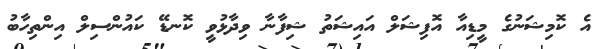
އެ ކޮމިޝަނުގެ މީޑިއާ އޮފިޝަލް އައިޝަތު ޝިފާނާ ވިދާޅުވީ ކޮނޑޭ ކައުންސިލް އިންތިހާބު